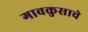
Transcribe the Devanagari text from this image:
गावकुसाचे